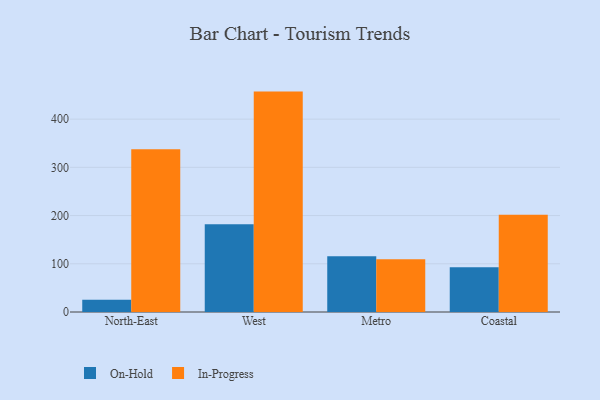
{"axis": {"x": "Region", "y": "Website Visitors"}, "legend": ["In-Progress", "On-Hold"], "data": [{"x": "North-East", "y": 25.4, "type": "On-Hold"}, {"x": "North-East", "y": 337.6, "type": "In-Progress"}, {"x": "West", "y": 182.0, "type": "On-Hold"}, {"x": "West", "y": 457.1, "type": "In-Progress"}, {"x": "Metro", "y": 115.5, "type": "On-Hold"}, {"x": "Metro", "y": 109.5, "type": "In-Progress"}, {"x": "Coastal", "y": 92.9, "type": "On-Hold"}, {"x": "Coastal", "y": 201.8, "type": "In-Progress"}]}